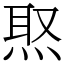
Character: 焣